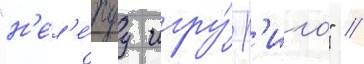
"н'ел'е́пуу игру́ р'иго" //